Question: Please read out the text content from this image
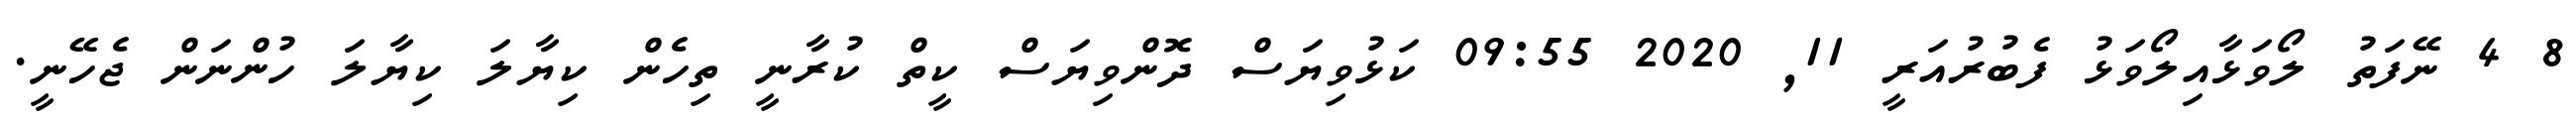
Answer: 8 4 ނޭފަތު ލޯވަޅާއިލޯވަޅު ފެބުރުއަރީ 11, 2020 09:55 ކަޅުވިޔަސް ދޮންވިޔަސް ކީތް ކުރާނީ ތިހެން ކިޔާލަ ކިޔާލަ ހުންނަން ޖެހޭނީ.